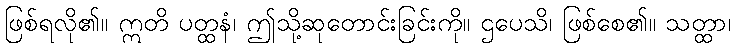
ဖြစ်ရလို၏။ ဣတိ ပတ္ထနံ၊ ဤသို့ဆုတောင်းခြင်းကို။ ဌပေသိ၊ ဖြစ်စေ၏။ သတ္ထာ၊